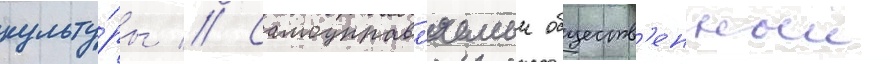
культу́ры // Самоуправл'яемыи обществ'енныи